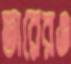
তারেরও